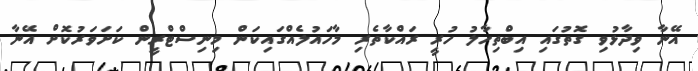
އޭނާ ވިދާޅުވި ގޮތުގައި އިބްތިހާލު ހުރީ ރައްކާތެރި މާހައުލެއްގައިކަން މިނިސްޓްރީން ކަށަވަރުކޮށް އޭނާ